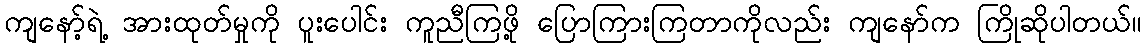
ကျနော့်ရဲ့ အားထုတ်မှုကို ပူးပေါင်း ကူညီကြဖို့ ပြောကြားကြတာကိုလည်း ကျနော်က ကြိုဆိုပါတယ်။